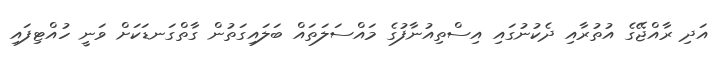
އަދި ރާއްޖޭގެ އުތުރާއި ދެކުނުގައި އިސްތިއުނާފުގެ މައްސަލަތައް ބަލައިގަތުން ގާތްގަނޑަކަށް ވަނީ ހުއްޓިފައި